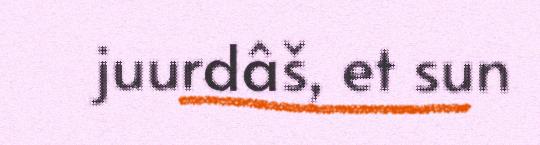
juurdâš, et sun